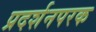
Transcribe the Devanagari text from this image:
प्रदर्शनपरक